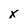
Character: x